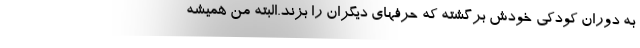
به دوران کودکی خودش برگشته که حرفهای دیگران را بزند.البته من همیشه